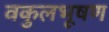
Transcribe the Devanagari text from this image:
वकुलभूषण